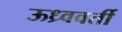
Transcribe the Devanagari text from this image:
ऊध्र्ववर्ती